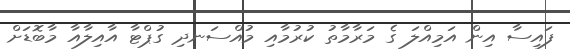
ފައިސާ އިން އަމިއްލަ ގެ މަރާމާތު ކުރުމާއި މުއްސަނދި ގުޕްޓާ އާއިލާއާ މާބޮޑަށް